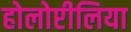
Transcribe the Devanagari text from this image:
होलोप्टीलिया